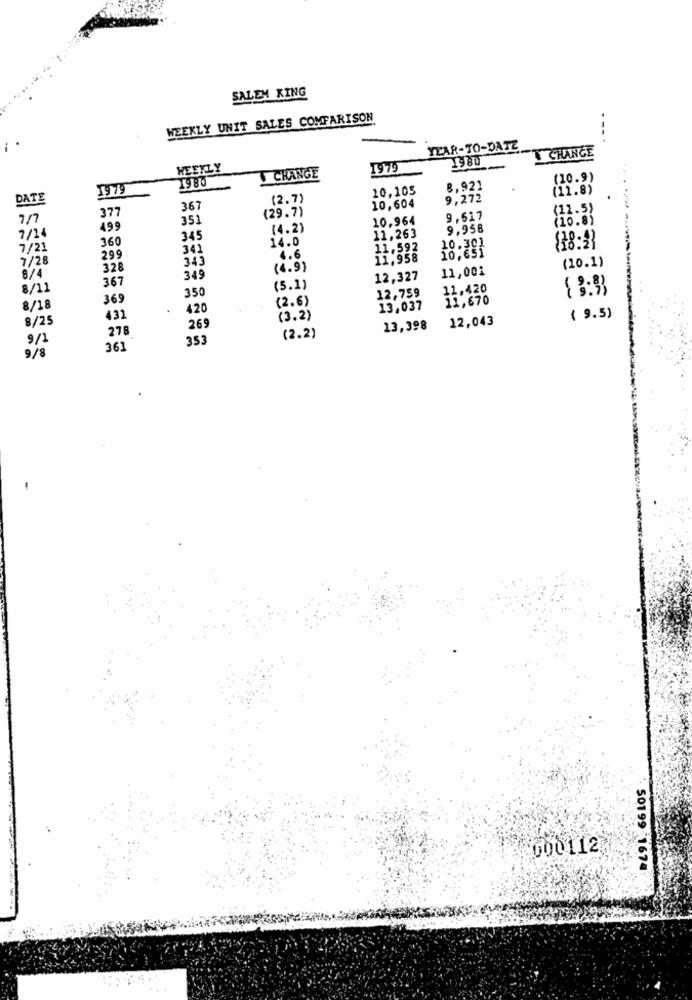
SALEM KING
WEEKLY UNIT SALES COMPARISON
YEAR-TO-DATE
T CHANGE
WEEKLY
CHANGE
1979
1980
(10.9)
1979
10,105
8,921
(11.8)
DATE
(2.7)
9,272
37
367
(29.7)
10,604
(12.5)
7/7
351
10,964
9,617
(10.8)
7/14
199
(4.2)
9,958
360
345
14.0
11,263
10.301
7/21
341
11.592
10,651
$28:33
7/28
299
34
4.6
11,958
(10.1)
328
(4.9)
11,001
8/4
367
349
12,327
8/11
(5.1)
12,759
369
350
(2.6)
11,670
8/18
420
13,037
8/25
431
(3.2)
12,043
( 9.5)
278
269
13,398
9/1
353
(2.2)
361
9/8
000112
50199 1674